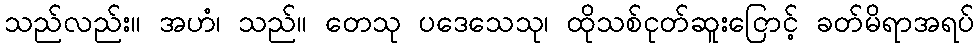
သည်လည်း။ အဟံ၊ သည်။ တေသု ပဒေသေသု၊ ထိုသစ်ငုတ်ဆူးငြောင့် ခတ်မိရာအရပ်